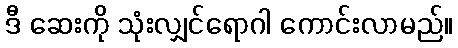
ဒီ ဆေးကို သုံးလျှင်ရောဂါ ကောင်းလာမည်။